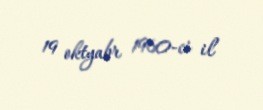
19 oktyabr 1960-ci il